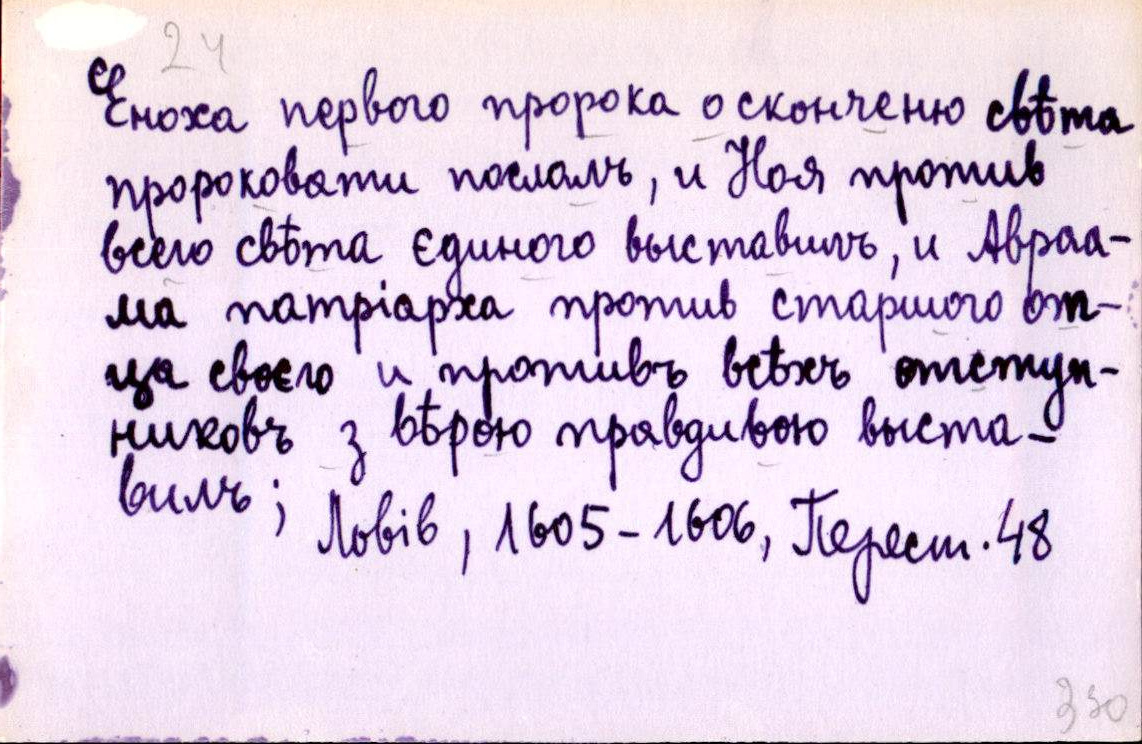
Еноха первого пророка о сконченю свѣта
пророковати послалъ, и Ноя против
всего свѣта єдиного выставилъ, и Авраа-
ма патріарха против старшого от-
ца своєго и противъ всѣхъ отступ-
никовъ з вѣрою правдивою выста-
вилъ;
Львів, 1605-1606, Перест. 48